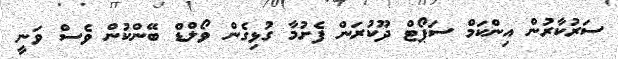
ސަރުކާރުން އިންކަމް ސަޕޯޓް ދޫކުރަން ފެށުމާ ގުޅިގެން ވޯލްޑް ބޭންކުން ވެސް ވަނީ